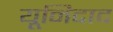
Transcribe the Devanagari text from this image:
यूनिदाद